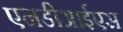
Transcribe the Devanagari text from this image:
एनडीआईएस